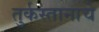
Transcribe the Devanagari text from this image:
तुर्कस्तानाचे